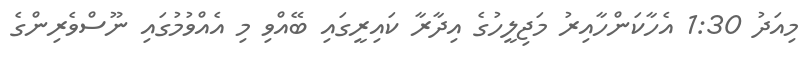
މިއަދު 1:30 އެހާކަންހާއިރު މަޖިލީހުގެ އިދާރާ ކައިރީގައި ބޭއްވި މި އެއްވުމުގައި ނޫސްވެރިންގެ